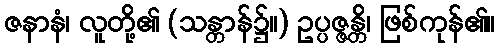
ဇနာနံ၊ လူတို့၏ (သန္တာန်၌။) ဥပ္ပဇ္ဇန္တိ၊ ဖြစ်ကုန်၏။